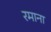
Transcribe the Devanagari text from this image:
रमाना